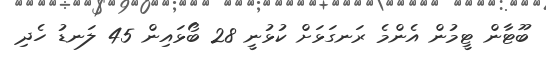
ބޫޓާން ޓީމުން އެންމެ ރަނގަޅަށް ކުޅުނީ 28 ބޯޅައިން 45 ލަނޑު ހެދި